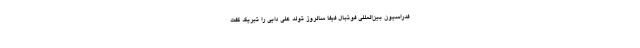
فدراسیون بین‌المللی فوتبال فیفا سالروز تولد علی دایی را تبریک گفت